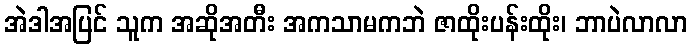
အဲဒါအပြင် သူက အဆိုအတီး အကသာမကဘဲ ဇာထိုးပန်းထိုး၊ ဘာပဲလာလာ